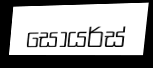
සෝයර්ස්